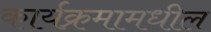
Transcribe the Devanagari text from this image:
कार्यक्रमामधील